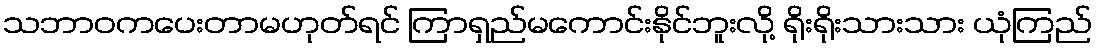
သဘာဝကပေးတာမဟုတ်ရင် ကြာရှည်မကောင်းနိုင်ဘူးလို့ ရိုးရိုးသားသား ယုံကြည်